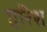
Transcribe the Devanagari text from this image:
एरिश